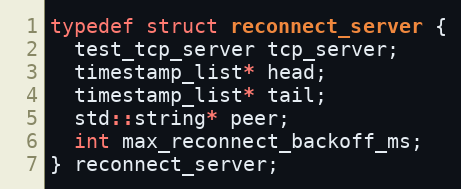
Language: C
typedef struct reconnect_server {
  test_tcp_server tcp_server;
  timestamp_list* head;
  timestamp_list* tail;
  std::string* peer;
  int max_reconnect_backoff_ms;
} reconnect_server;